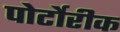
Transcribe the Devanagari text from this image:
पोर्टोरीक